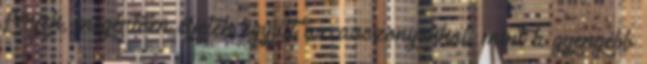
férjek, megértően éljetek együtt az asszonyokkal, mint a gyengébb